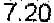
7.20